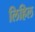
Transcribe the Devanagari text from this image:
लिहिल